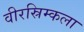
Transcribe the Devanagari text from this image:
वीरस्रिम्कला